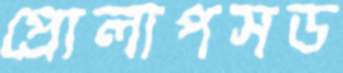
প্রোলাপসড